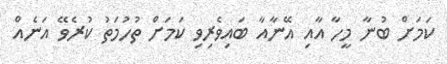
ކަމަށް ބުނާ މީހާ އާއި އޭނާއާ ބައިވެރިވި ކަމަށް ތުހުމަތު ކުރެވޭ އަނެއް